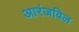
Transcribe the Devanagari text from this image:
आरंजविल